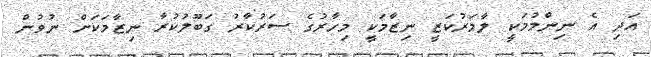
އަދި އެ ނިންމުމަކީ ލާމަރުކަޒީ ނިޒާމަކީ މިހާރުގެ ސަރުކާރު ގަބޫލުކުރާ ނިޒާމަކަށް ނުވުން